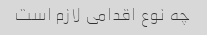
چه نوع اقدامی لازم است